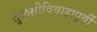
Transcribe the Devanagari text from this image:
तुळसीविवाहापूर्वी